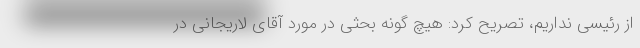
از رئیسی نداریم، تصریح کرد: هیچ گونه بحثی در مورد آقای لاریجانی در